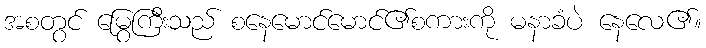
အစတွင် မြွေကြီးသည် စနေမောင်မောင်၏စကားကို မနာခံပဲ နေလေ၏။